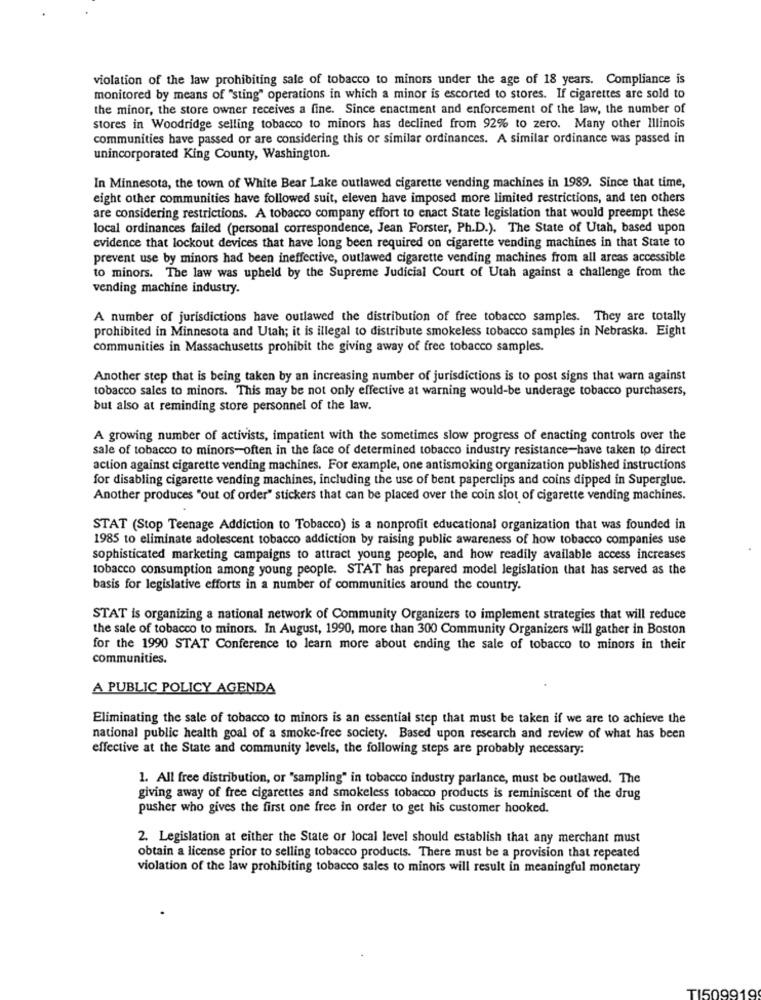
violation of the law prohibiting sale of tobacco to minors under the age of 18 years. Compliance is
monitored by means of "sting" operations in which a minor is escorted to stores. If cigarettes are sold to
the minor, the store owner receives a fine. Since enactment and enforcement of the law, the number of
stores in Woodridge selling tobacco to minors has declined from 92% to zero. Many other Illinois
communities have passed or are considering this or similar ordinances. A similar ordinance was passed in
unincorporated King County, Washington.
In Minnesota, the town of White Bear Lake outlawed cigarette vending machines in 1989. Since that time,
eight other communities have followed suit, eleven have imposed more limited restrictions, and ten others
are considering restrictions. A tobacco company effort to enact State legislation that would preempt these
local ordinances failed (personal correspondence, Jean Forster, Ph.D.). The State of Utah, based upon
evidence that lockout devices that have long been required on cigarette vending machines in that State to
prevent use by minors had been ineffective, outlawed cigarette vending machines from all areas accessible
to minors. The law was upheld by the Supreme Judicial Court of Utah against a challenge from the
vending machine industry.
A number of jurisdictions have outlawed the distribution of free tobacco samples. They are totally
prohibited in Minnesota and Utah; it is illegal to distribute smokeless tobacco samples in Nebraska. Eight
communities in Massachusetts prohibit the giving away of free tobacco samples.
Another step that is being taken by an increasing number of jurisdictions is to post signs that warn against
tobacco sales to minors. This may be not only effective at warning would-be underage tobacco purchasers,
but also at reminding store personnel of the law.
A growing number of activists, impatient with the sometimes slow progress of enacting controls over the
sale of tobacco to minors-often in the face of determined tobacco industry resistance-have taken to direct
action against cigarette vending machines. For example, one antismoking organization published instructions
for disabling cigarette vending machines, including the use of bent paperclips and coins dipped in Superglue.
Another produces "out of order" stickers that can be placed over the coin slot of cigarette vending machines.
STAT (Stop Teenage Addiction to Tobacco) is a nonprofit educational organization that was founded in
1985 to eliminate adolescent tobacco addiction by raising public awareness of how tobacco companies use
sophisticated marketing campaigns to attract young people, and how readily available access increases
tobacco consumption among young people. STAT has prepared model legislation that has served as the
basis for legislative efforts in a number of communities around the country.
STAT is organizing a national network of Community Organizers to implement strategies that will reduce
the sale of tobacco to minors. In August, 1990, more than 300 Community Organizers will gather in Boston
for the 1990 STAT Conference to learn more about ending the sale of tobacco to minors in their
communities.
A PUBLIC POLICY AGENDA
Eliminating the sale of tobacco to minors is an essential step that must be taken if we are to achieve the
national public health goal of a smoke-free society. Based upon research and review of what has been
effective at the State and community levels, the following steps are probably necessary:
1. All free distribution, or "sampling" in tobacco industry parlance, must be outlawed. The
giving away of free cigarettes and smokeless tobacco products is reminiscent of the drug
pusher who gives the first one free in order to get his customer hooked.
2. Legislation at either the State or local level should establish that any merchant must
obtain a license prior to selling tobacco products. There must be a provision that repeated
violation of the law prohibiting tobacco sales to minors will result in meaningful monetary
TI509919